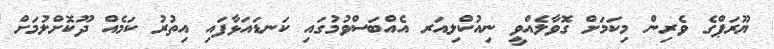
ޔޫރަޕްގެ ވެރިން މިކަމަށް ގޮވާލެއްވީ ނިއުކްލިއަރ އެއްބަސްވުމުގައި ކަނޑައަޅާފައި އިތުރު ކަމެއް ދޫކޮށްލުމަށް